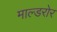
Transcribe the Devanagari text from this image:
माल्डरोर